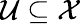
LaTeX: \mathcal U\subseteq\mathcal X